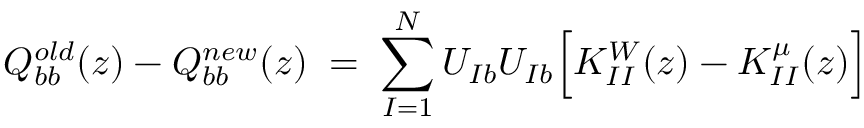
Q _ { b b } ^ { o l d } ( z ) - Q _ { b b } ^ { n e w } ( z ) \; = \; \sum _ { I = 1 } ^ { N } U _ { I b } U _ { I b } \Big [ K _ { I I } ^ { W } ( z ) - K _ { I I } ^ { \mu } ( z ) \Big ]